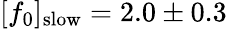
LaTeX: [f_{0}]_{\mathrm{slow}}=2.0\pm 0.3